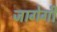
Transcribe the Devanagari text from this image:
जागेगी